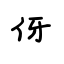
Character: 伢